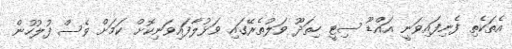
އެތަކެތި ފެނިފައިވަނީ އައްޑޫ ސިޓީ ހިތަދޫ ވަލުތެރޭގައި ވަޅުލާފައިވަނިކޮށް ކަމަށް ވެސް ފުލުހުން